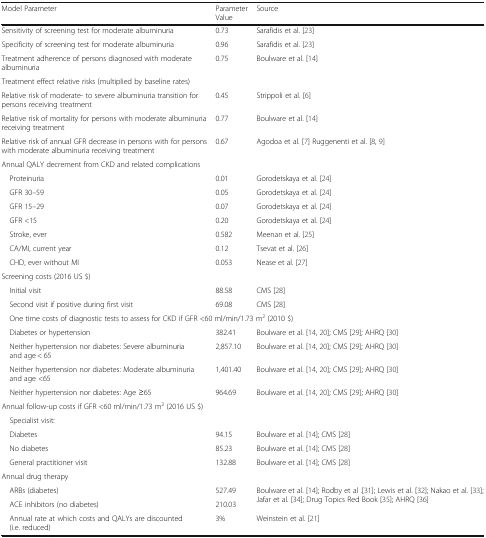
<table><thead><tr><td><b>Model Parameter</b></td><td><b>Parameter Value</b></td><td><b>Source</b></td></tr></thead><tbody><tr><td>Sensitivity of screening test for moderate albuminuria</td><td>0.73</td><td>Sarafidis et al. [23]</td></tr><tr><td>Specificity of screening test for moderate albuminuria</td><td>0.96</td><td>Sarafidis et al. [23]</td></tr><tr><td>Treatment adherence of persons diagnosed with moderate albuminuria</td><td>0.75</td><td>Boulware et al. [14]</td></tr><tr><td colspan="3">Treatment effect relative risks (multiplied by baseline rates)</td></tr><tr><td>Relative risk of moderate- to severe albuminuria transition for persons receiving treatment</td><td>0.45</td><td>Strippoli et al. [6]</td></tr><tr><td>Relative risk of mortality for persons with moderate albuminuria receiving treatment</td><td>0.77</td><td>Boulware et al. [14]</td></tr><tr><td>Relative risk of annual GFR decrease in persons with for persons with moderate albuminuria receiving treatment</td><td>0.67</td><td>Agodoa et al. [7] Ruggenenti et al. [8, 9]</td></tr><tr><td colspan="3">Annual QALY decrement from CKD and related complications</td></tr><tr><td> Proteinuria</td><td>0.01</td><td>Gorodetskaya et al. [24]</td></tr><tr><td> GFR 30–59</td><td>0.05</td><td>Gorodetskaya et al. [24]</td></tr><tr><td> GFR 15–29</td><td>0.07</td><td>Gorodetskaya et al. [24]</td></tr><tr><td> GFR &lt;15</td><td>0.20</td><td>Gorodetskaya et al. [24]</td></tr><tr><td> Stroke, ever</td><td>0.582</td><td>Meenan et al. [25]</td></tr><tr><td> CA/MI, current year</td><td>0.12</td><td>Tsevat et al. [26]</td></tr><tr><td> CHD, ever without MI</td><td>0.053</td><td>Nease et al. [27]</td></tr><tr><td colspan="3">Screening costs (2016 US $)</td></tr><tr><td> Initial visit</td><td>88.58</td><td>CMS [28]</td></tr><tr><td> Second visit if positive during first visit</td><td>69.08</td><td>CMS [28]</td></tr><tr><td colspan="3"> One time costs of diagnostic tests to assess for CKD if GFR &lt;60 ml/min/1.73 m<sup>2</sup> (2010 $)</td></tr><tr><td> Diabetes or hypertension</td><td>382.41</td><td>Boulware et al. [14, 20]; CMS [29]; AHRQ [30]</td></tr><tr><td> Neither hypertension nor diabetes: Severe albuminuria and age &lt; 65</td><td>2,857.10</td><td>Boulware et al. [14, 20]; CMS [29]; AHRQ [30]</td></tr><tr><td> Neither hypertension nor diabetes: Moderate albuminuria and age &lt;65</td><td>1,401.40</td><td>Boulware et al. [14, 20]; CMS [29]; AHRQ [30]</td></tr><tr><td> Neither hypertension nor diabetes: Age ≥65</td><td>964.69</td><td>Boulware et al. [14, 20]; CMS [29]; AHRQ [30]</td></tr><tr><td colspan="3">Annual follow-up costs if GFR &lt;60 ml/min/1.73 m<sup>2</sup> (2016 US $)</td></tr><tr><td> Specialist visit:</td><td></td><td></td></tr><tr><td> Diabetes</td><td>94.15</td><td>Boulware et al. [14]; CMS [28]</td></tr><tr><td> No diabetes</td><td>85.23</td><td>Boulware et al. [14]; CMS [28]</td></tr><tr><td> General practitioner visit</td><td>132.88</td><td>Boulware et al. [14]; CMS [28]</td></tr><tr><td colspan="3">Annual drug therapy</td></tr><tr><td> ARBs (diabetes)</td><td>527.49</td><td rowspan="2">Boulware et al. [14]; Rodby et al .[31]; Lewis et al. [32]; Nakao et al. [33]; Jafar et al. [34]; Drug Topics Red Book [35]; AHRQ [36]</td></tr><tr><td> ACE inhibitors (no diabetes)</td><td>210.03</td></tr><tr><td> Annual rate at which costs and QALYs are discounted (i.e. reduced)</td><td>3%</td><td>Weinstein et al. [21]</td></tr></tbody></table>